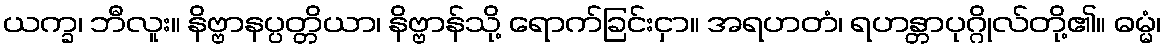
ယက္ခ၊ ဘီလူး။ နိဗ္ဗာနပ္ပတ္တိယာ၊ နိဗ္ဗာန်သို့ ရောက်ခြင်းငှာ။ အရဟတံ၊ ရဟန္တာပုဂ္ဂိုလ်တို့၏။ ဓမ္မံ၊